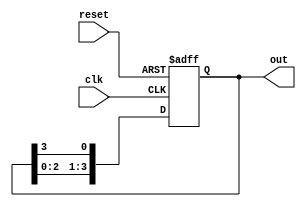
module ring_counter #(parameter N = 4) (
    input wire clk,          // Clock signal
    input wire reset,        // Asynchronous reset signal
    output reg [N-1:0] out   // Output of the ring counter
);

    // Initial state definition
    initial begin
        out = 1 << (N-1); // Set the initial state to 100...0 (1 at bit N-1)
    end

    // Always block for synchronous operation
    always @(posedge clk or posedge reset) begin
        if (reset) begin
            out <= 1 << (N-1); // Reset to the initial state (1 at bit N-1)
        end else begin
            out <= {out[N-2:0], out[N-1]}; // Shift the bits to the right, wrapping around
        end
    end

endmodule